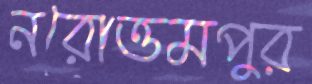
নরোত্তমপুর